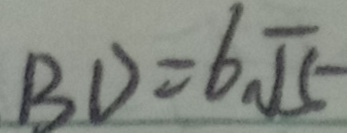
B D = 6 \sqrt { 1 5 }